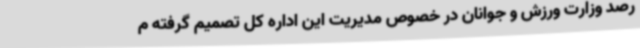
رصد وزارت ورزش و جوانان در خصوص مدیریت این اداره کل تصمیم گرفته م